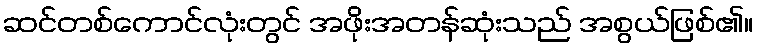
ဆင်တစ်ကောင်လုံးတွင် အဖိုးအတန်ဆုံးသည် အစွယ်ဖြစ်၏။